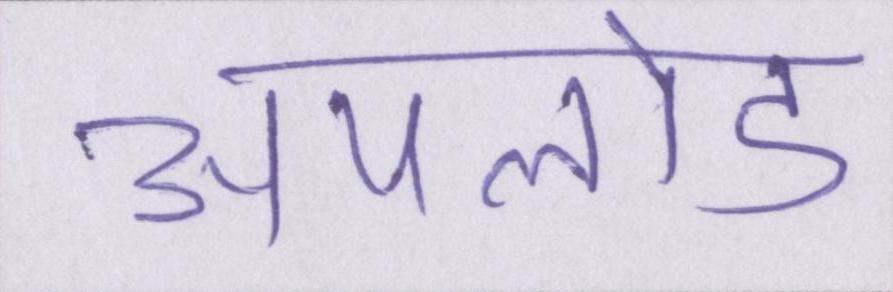
अपलोड